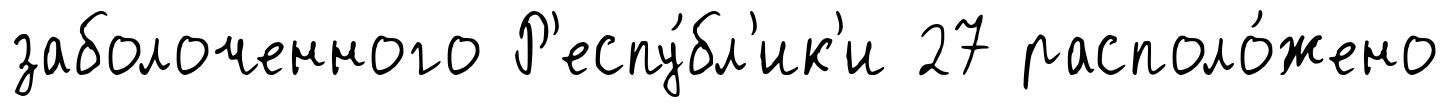
заболоченного Р'еспу́бл'ик'и 27 располо́жено